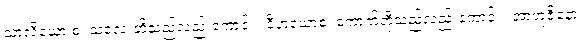
သာလိယော စ၊ သလေးတို့သည်လည်းကောင်း။ ဝီဟယောစ၊ ကောက်တို့သည်လည်းကောင်း။ အာဘူဇိနော